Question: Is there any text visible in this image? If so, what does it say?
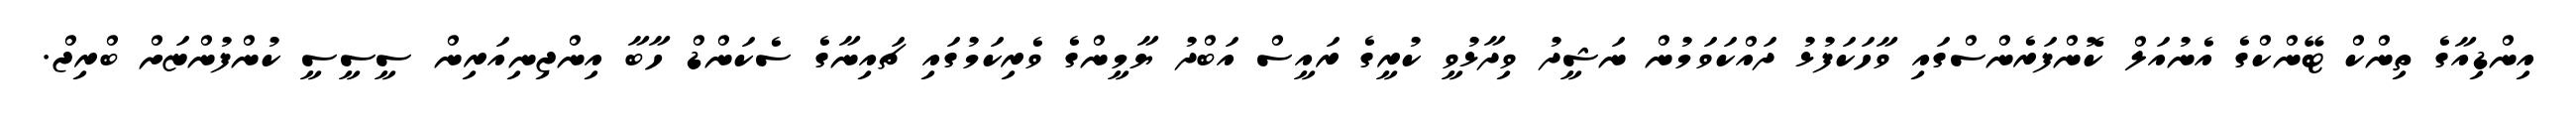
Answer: އިންޑިއާގެ ތިންކް ޓޭންކްގެ އެނުއަލް ކޮންފަރެންސްގައި ވާހަކަފުޅު ދައްކަވަމުން ނަޝީދު ވިދާޅުވީ ކުރީގެ ރައީސް އަބްދު ޔާމީންގެ ވެރިކަމުގައި ޗައިނާގެ ސެކަންޑް ހާބާ އިންޖިނިއަރިން ސީސީސީ ކުންފުންޏަށް ބްރިޖް.